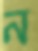
ন